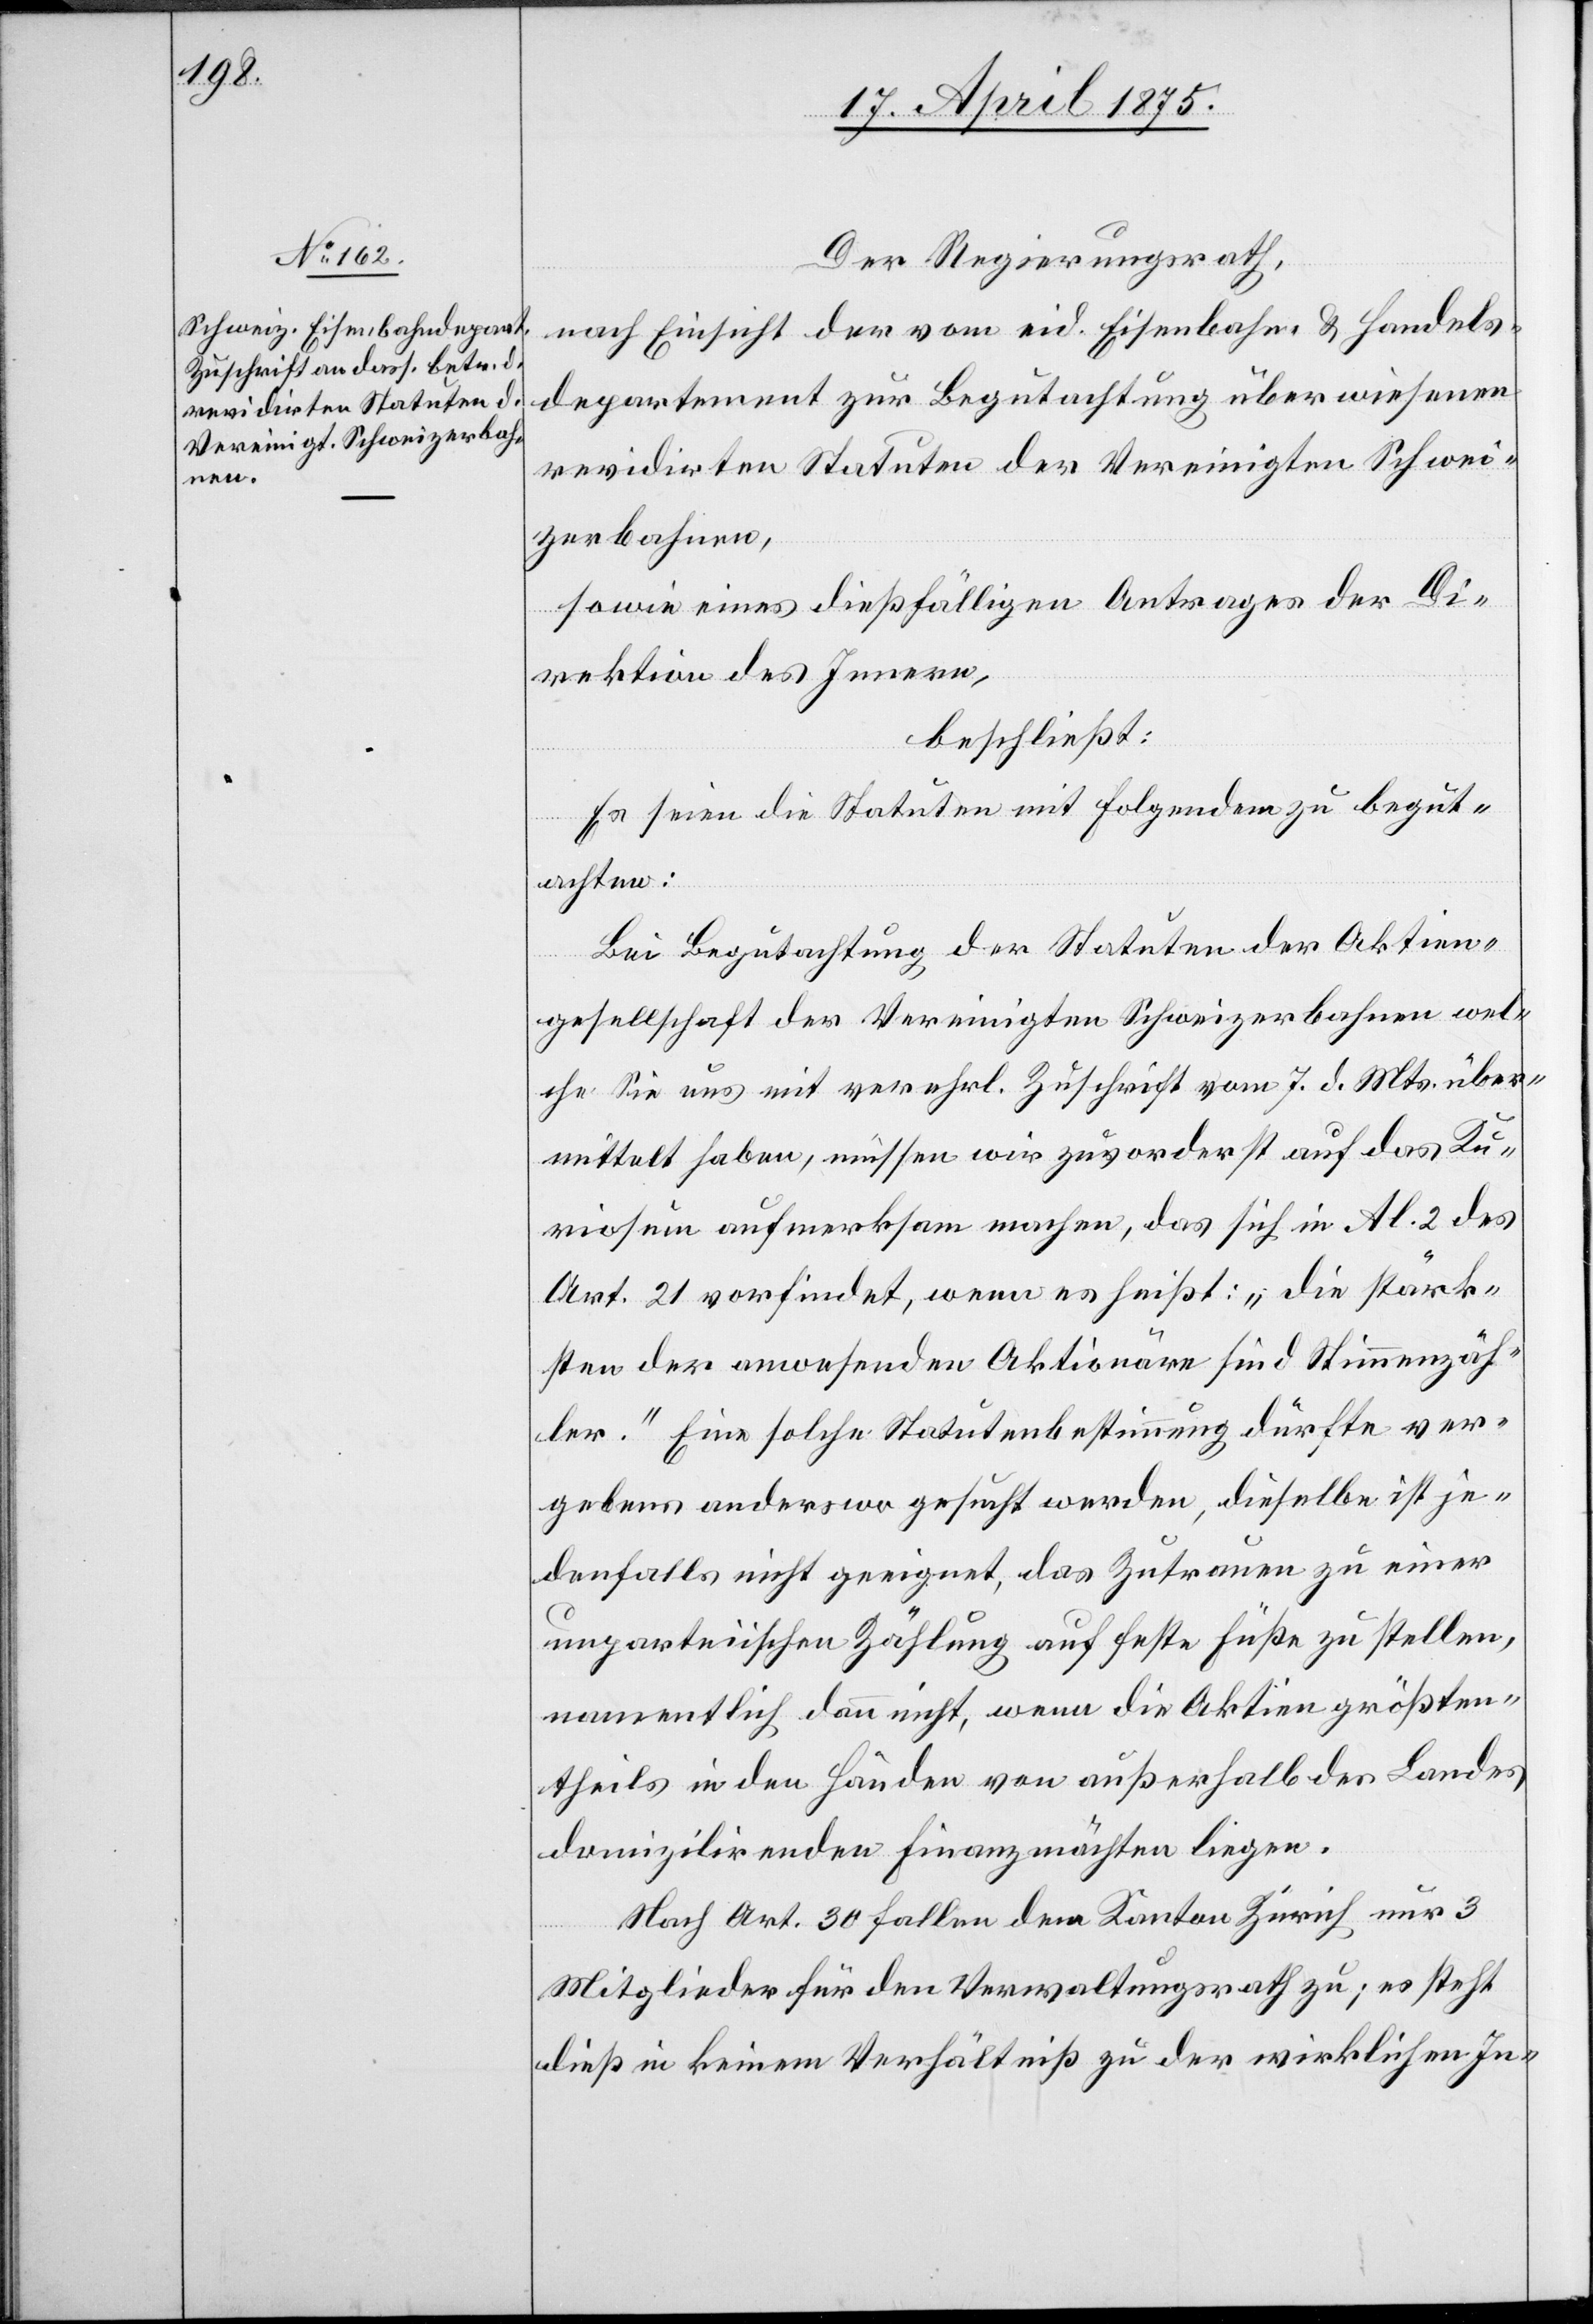
Der Regierungsrath,
nach Einsicht der vom eid. Eisenbahn- & Handels¬
departement zur Begutachtung überwiesenen
revidirten Statuten der Vereinigten Schwei¬
zerbahnen,
sowie eines dießfälligen Antrages der Di¬
rektion des Innern,
beschließt:
Es seien die Statuten mit folgendem zu begut¬
achten:
Bei Begutachtung der Statuten der Aktien¬
gesellschaft der Vereinigten Schweizerbahnen wel¬
che Sie uns mit verehrl. Zuschrift vom 7. d. Mts über¬
mittelt haben, müssen wir zuvorderst auf das Ku¬
riosum aufmerksam machen, das sich in Al. 2 des
Art. 21 vorfindet, wenn es heißt: „ die stärk¬
sten der anwesenden Aktionäre sind Stimmenzäh¬
ler.“ Eine solche Statutenbestimmung dürfte ver¬
gebens anderswo gesucht werden, dieselbe ist je¬
denfalls nicht geeignet, das Zutrauen zu einer
unparteiischen Zählung auf feste Füße zu stellen,
namentlich dann nicht, wenn die Aktien größten¬
theils in den Händen von außerhalb des Landes
domilizirenden Finanzmächten liegen.
Nach Art. 30 fallen dem Kanton Zürich nur 3
Mietglieder für den Verwaltungsrath zu, es steht
dieß in keinem Verhältniß zu der wirklichen In-